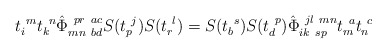
\begin{align*}t_{i}^{~m}t_{k}^{~n}\hat{\Phi}_{mn~bd}^{~pr~ac}S(t_{p}^{~j})S(t_{r}^{~l})=S(t_{b}^{~s})S(t_{d}^{~p})\hat{\Phi}_{ik~sp}^{~jl~mn}t_{m}^{~a}t_{n}^{~c}\end{align*}